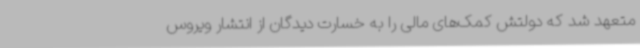
متعهد شد که دولتش کمک‌های مالی را به خسارت دیدگان از انتشار ویروس